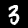
Digit: 3